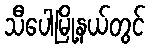
သီပေါမြို့နယ်တွင်